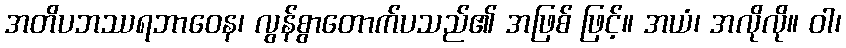
အတိပဘဿရဘာဝေန၊ လွန်စွာတောက်ပသည်၏ အဖြစ် ဖြင့်။ အယံ၊ အလိုလို။ ဝါ၊